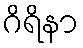
ဂိရိနာ